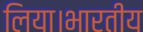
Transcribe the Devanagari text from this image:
लिया।भारतीय